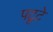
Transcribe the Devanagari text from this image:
पटूटे